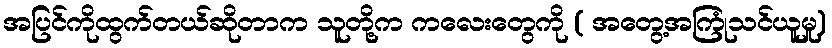
အပြင်ကိုထွက်တယ်ဆိုတာက သူတို့က ကလေးတွေကို ( အတွေ့အကြုံသင်ယူမှု)